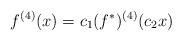
LaTeX: \begin{align*}f^{(4)}(x)=c_1(f^*)^{(4)}(c_2x)\end{align*}